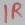
Text: 1R